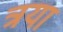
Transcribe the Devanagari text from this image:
त्रया